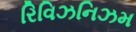
રિવિઝનિઝમ